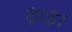
ફાફા